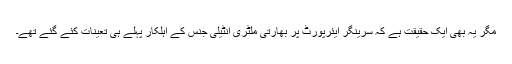
مگر یہ بھی ایک حقیقت ہے کہ سرینگر ایئرپورٹ پر بھارتی ملٹری انٹیلی جنس کے اہلکار پہلے ہی تعینات کئے گئے تھے۔